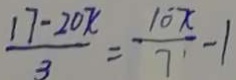
\frac { 1 7 - 2 0 x } { 3 } = \frac { 1 0 x } { 7 } - 1